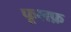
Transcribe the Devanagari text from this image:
फूलफ़